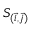
S _ { ( \vec { i } , \vec { j } ) }